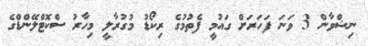
ނިޝްވާން 3 ވަނަ ފަހަރަށް ގައުމީ ފެތުމުގެ ރިކޯޑު މުގުރާލީ މިހާރު ސްކޮޓްލޭންޑްގެ